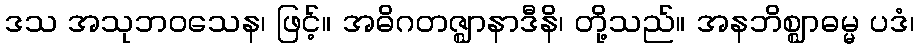
ဒသ အသုဘဝသေန၊ ဖြင့်။ အဓိဂတဇ္ဈာနာဒီနိ၊ တို့သည်။ အနဘိစ္ဈာဓမ္မ ပဒံ၊